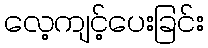
လေ့ကျင့်ပေးခြင်း